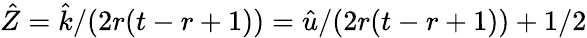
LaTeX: \hat{Z}=\hat{k}/(2r(t-r+1))=\hat{u}/(2r(t-r+1))+1/2